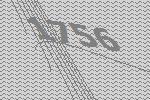
1756